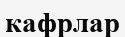
кафрлар